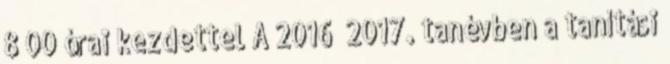
8 00 órai kezdettel A 2016 2017. tanévben a tanítási